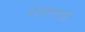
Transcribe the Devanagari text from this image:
संभ्रमाची